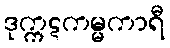
ဒုက္ကဋကမ္မကာရီ